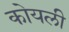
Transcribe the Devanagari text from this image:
कोयली